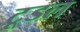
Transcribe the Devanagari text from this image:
टूडल